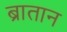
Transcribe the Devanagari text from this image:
ब्रातान